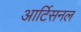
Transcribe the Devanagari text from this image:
आर्टिसनल